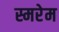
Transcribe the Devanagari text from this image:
स्मरेम